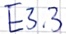
Text: E3.3